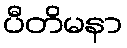
ပီတိမနာ